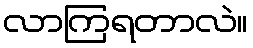
လာကြရတာလဲ။